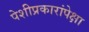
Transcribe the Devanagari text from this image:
पेशीप्रकारांपेक्षा